Report on the working of the Ranchi Indian Mental Hospital, Kanke, in Bihar and Orissa - 1930-1940
Year: 1930
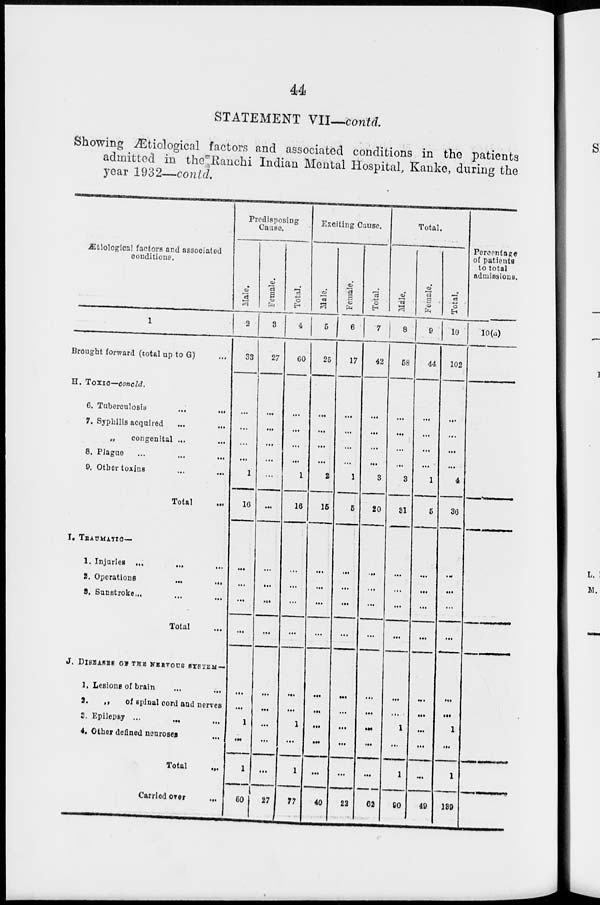
44
STATEMENT VII—contd.
Showing Ætiological factors and associated conditions in the patients
admitted in the Ranchi Indian Mental Hospital, Kanke, during the
year 1932—contd.
Ætiological factors and associated
conditions.
1
Brought forward (total up to G) ...
H. TOXIC—concld.
6. Tuberculosis
...
...
7. Syphilis acquired
...
...
„ congenital ... ...
8. Plague ... ... ...
9. Other toxins
...
...
Total ...
I. TRAUMATIC—
1. Injuries ...
... ...
2. Operations
...
...
3. Sunstroke... ... ...
Total ...
J. DISEASES OF THE NERVOUS SYSTEM—
1. Lesions of brain ... ...
2.
„
of spinal cord and nerves
3. Epilepsy ... ... ...
4. Other defined neuroses ...
Total
...
Carried over
...
Predisposing
Cause.
Male.
2
33
...
...
...
...
1
16
...
...
...
...
...
...
1
...
1
50
Female.
3
27
...
...
...
...
...
...
...
...
...
...
...
...
...
...
...
27
Total.
4
60
...
...
...
...
1
16
...
...
...
...
...
...
1
...
1
77
Exciting Cause.
Male.
5
25
...
...
...
...
2
15
...
...
...
...
...
...
...
...
...
40
Female.
6
17
...
...
...
...
1
5
...
...
...
...
...
...
...
...
...
22
Total.
7
42
...
...
...
...
3
20
...
...
...
...
...
...
...
...
...
62
Total.
Male.
8
58
...
...
...
...
3
31
...
...
...
...
...
...
1
...
1
90
Female.
9
44
...
...
...
...
1
5
...
...
...
...
...
...
...
...
...
49
Total.
10
102
...
...
...
...
4
36
...
...
...
...
...
...
1
...
1
139
Percentage
of patients
to total
admissions.
10(a)